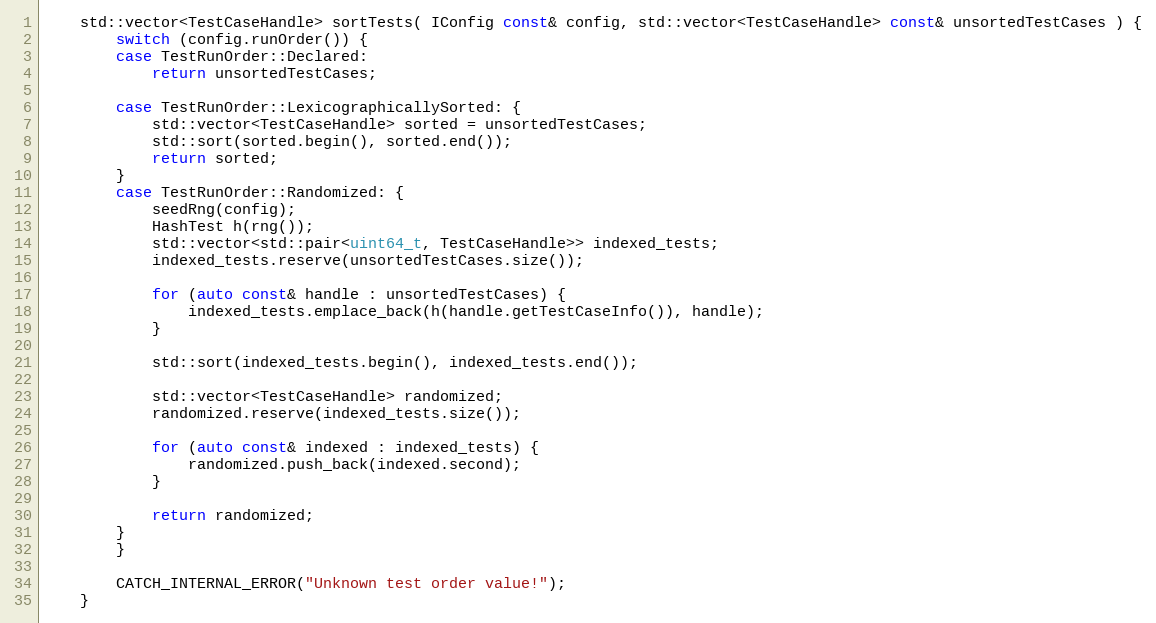
Language: C++
    std::vector<TestCaseHandle> sortTests( IConfig const& config, std::vector<TestCaseHandle> const& unsortedTestCases ) {
        switch (config.runOrder()) {
        case TestRunOrder::Declared:
            return unsortedTestCases;

        case TestRunOrder::LexicographicallySorted: {
            std::vector<TestCaseHandle> sorted = unsortedTestCases;
            std::sort(sorted.begin(), sorted.end());
            return sorted;
        }
        case TestRunOrder::Randomized: {
            seedRng(config);
            HashTest h(rng());
            std::vector<std::pair<uint64_t, TestCaseHandle>> indexed_tests;
            indexed_tests.reserve(unsortedTestCases.size());

            for (auto const& handle : unsortedTestCases) {
                indexed_tests.emplace_back(h(handle.getTestCaseInfo()), handle);
            }

            std::sort(indexed_tests.begin(), indexed_tests.end());

            std::vector<TestCaseHandle> randomized;
            randomized.reserve(indexed_tests.size());

            for (auto const& indexed : indexed_tests) {
                randomized.push_back(indexed.second);
            }

            return randomized;
        }
        }

        CATCH_INTERNAL_ERROR("Unknown test order value!");
    }